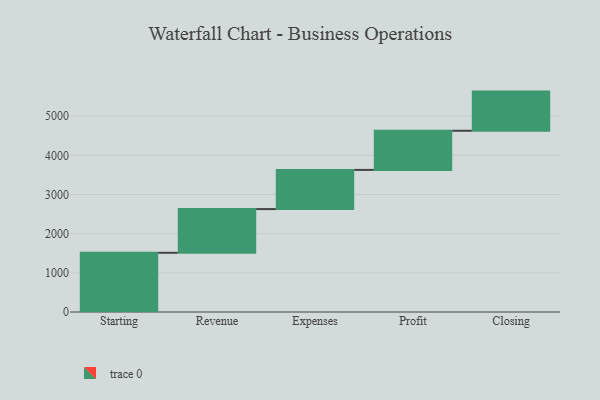
{"axis": {"x": "Step", "y": "Value"}, "legend": [""], "data": [{"x": "Starting", "y": 1512.0, "type": ""}, {"x": "Revenue", "y": 1116.0, "type": ""}, {"x": "Expenses", "y": 1000, "type": ""}, {"x": "Profit", "y": 1000, "type": ""}, {"x": "Closing", "y": 1000, "type": ""}]}